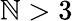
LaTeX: \mathbb{N}>3